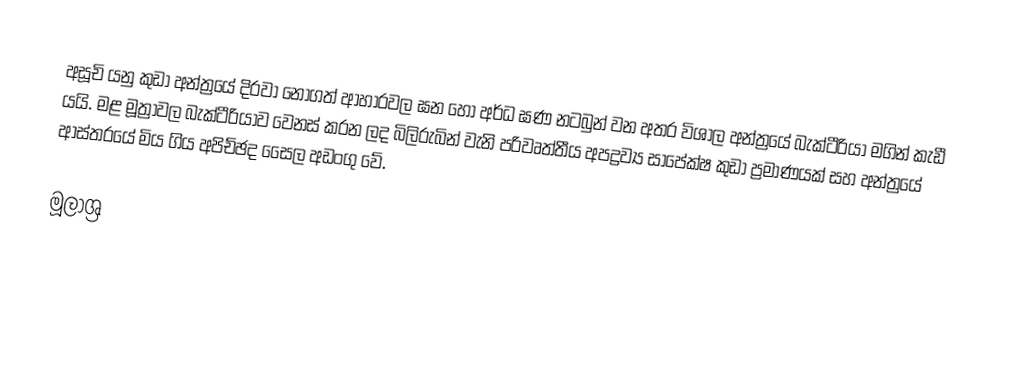
අසූචි යනු කුඩා අන්ත්‍රයේ දිරවා නොගත් ආහාරවල ඝන හෝ අර්ධ ඝණ නටබුන් වන අතර විශාල අන්ත්‍රයේ බැක්ටීරියා මගින් කැඩී යයි. මළ මූත්‍රාවල බැක්ටීරියාව වෙනස් කරන ලද බිලිරුබින් වැනි පරිවෘත්තීය අපද්‍රව්‍ය සාපේක්ෂ කුඩා ප්‍රමාණයක් සහ අන්ත්‍රයේ ආස්තරයේ මිය ගිය අපිච්ඡද සෛල අඩංගු වේ.

මූලාශ්‍ර